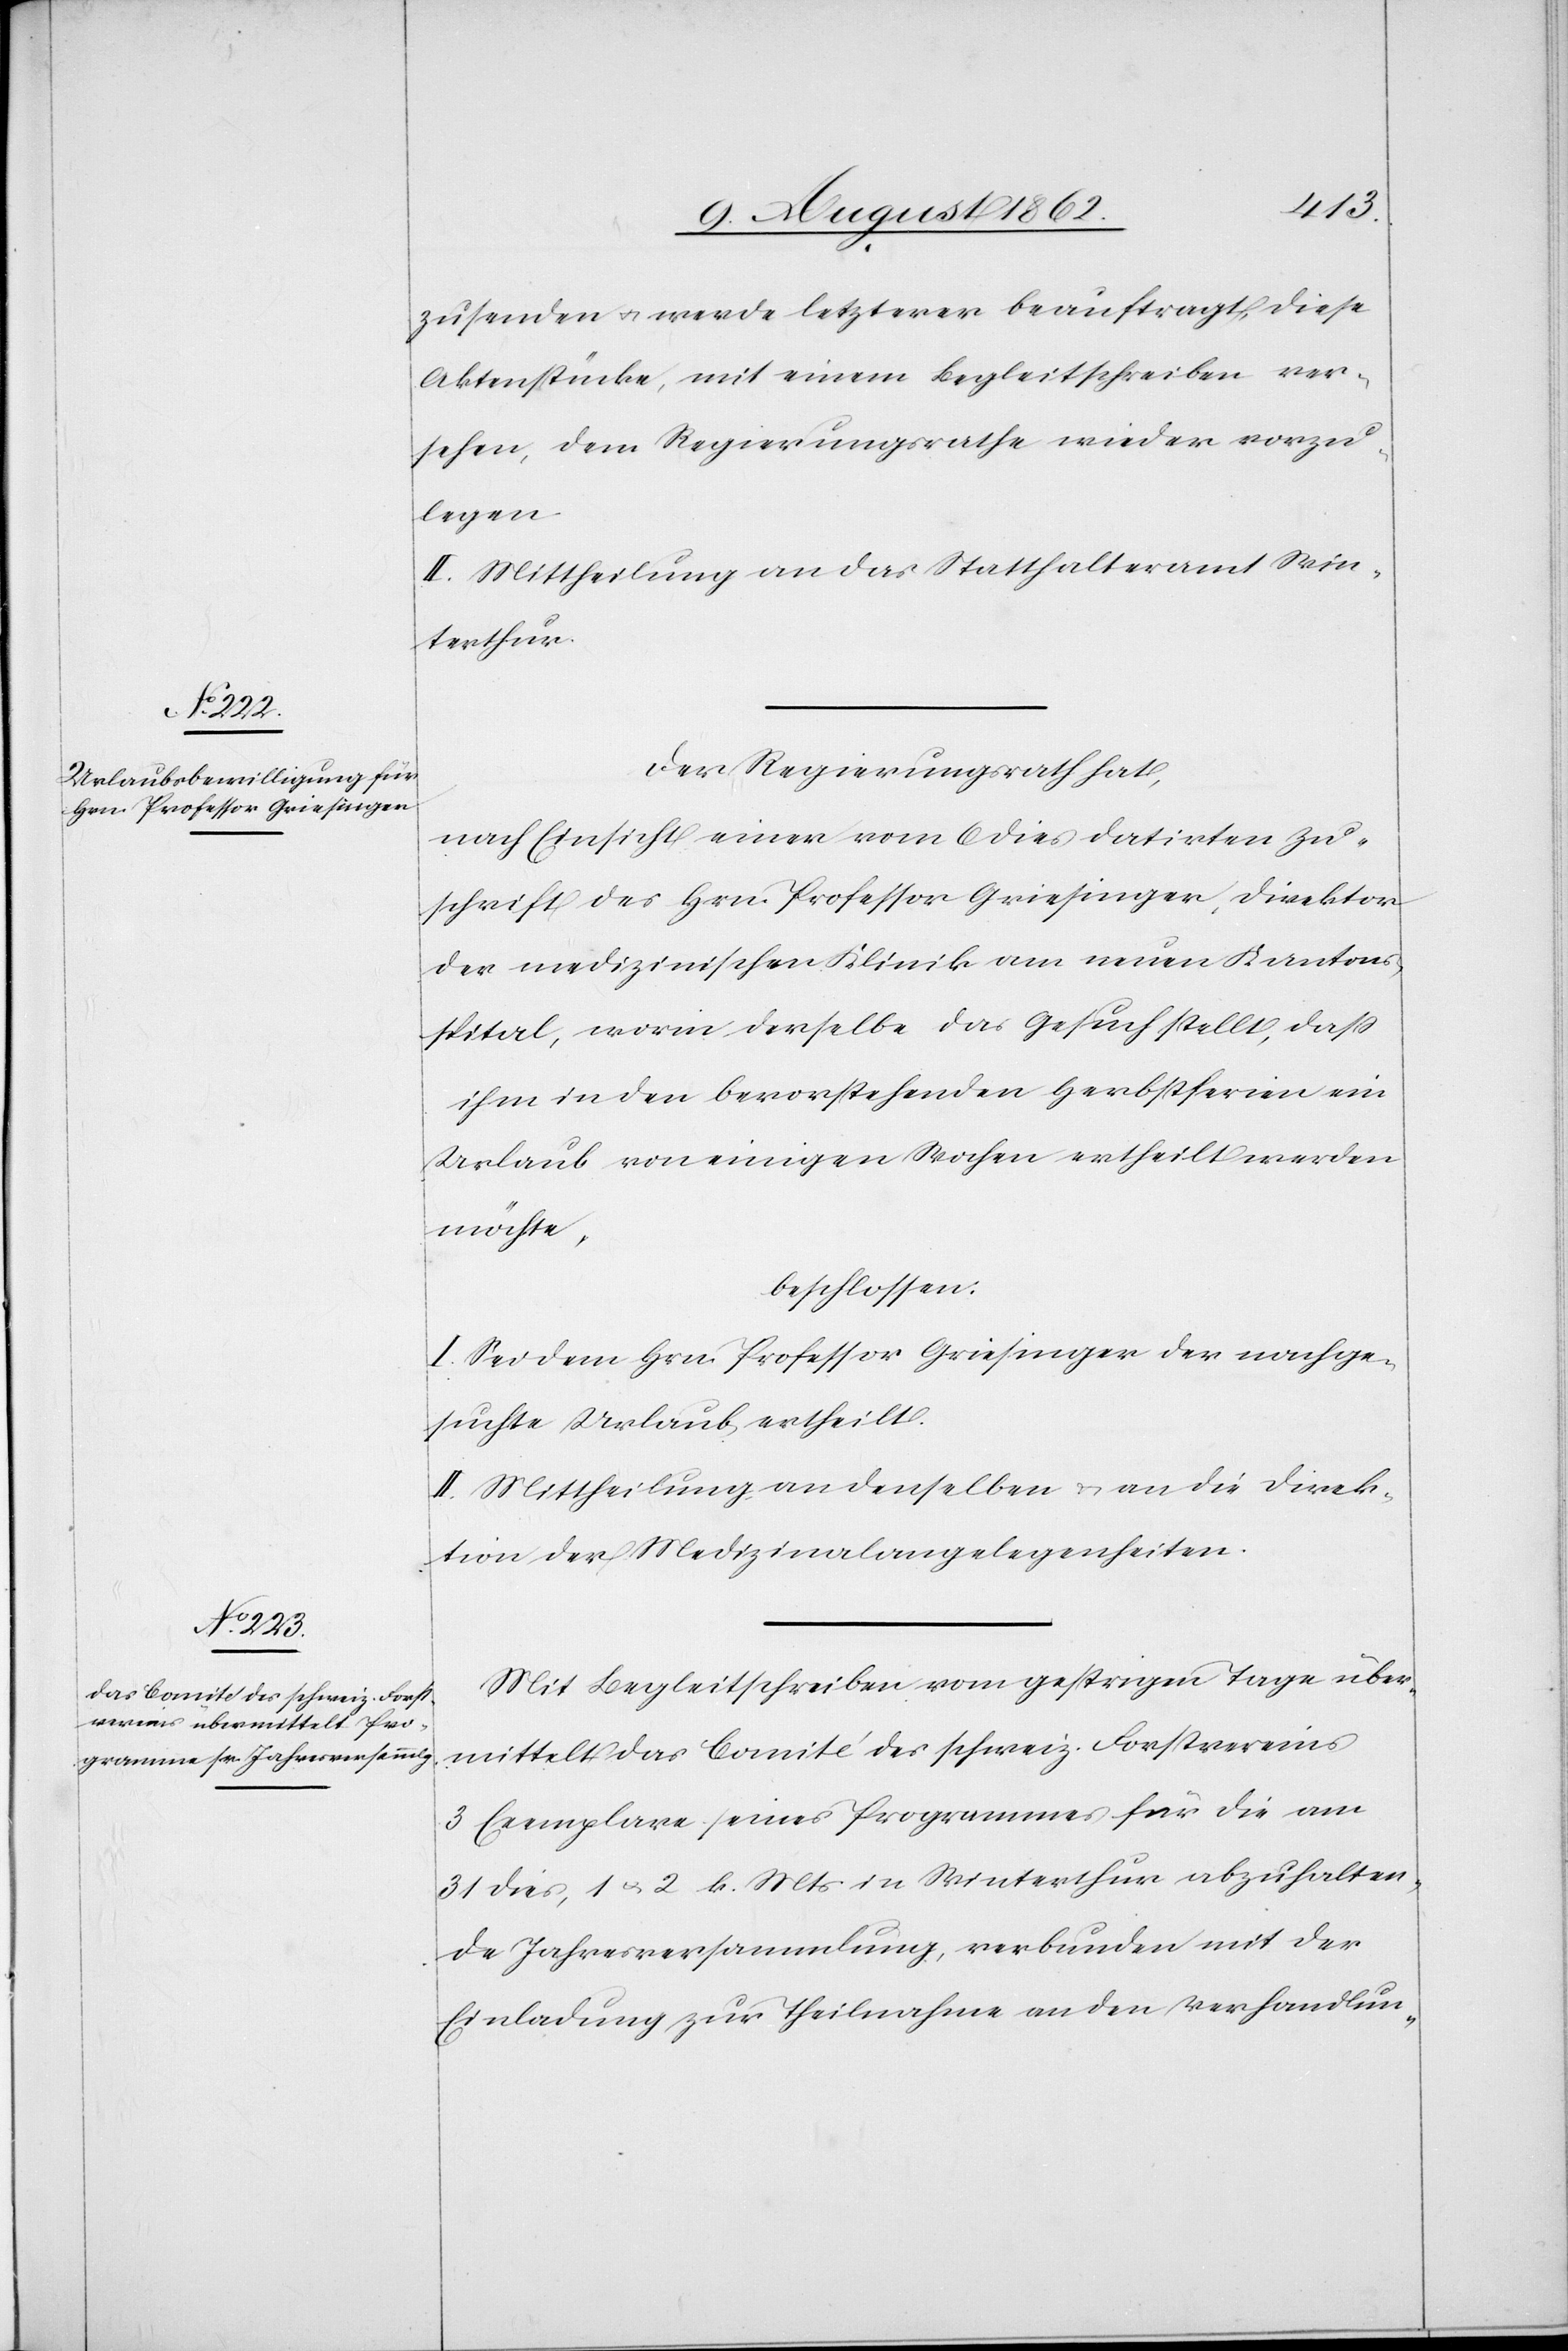
zusenden u. werde letzterer beauftragt, diese
Aktenstücke, mit einem Begleitschreiben ver¬
sehen, dem Regierungsrathe wieder vorzu¬
legen.
II. Mittheilung an das Statthalteramt Win¬
terthur.
Der Regierungsrath hat,
nach Einsicht einer vom 6. dies datirten Zu¬
schrift des Hrn. Professor Griesinger, Direktor
der medizinischen Klinik am neuen Kantons¬
spital, worin derselbe das Gesuch stellt, daß
ihm in den bevorstehenden Herbstferien ein
Urlaub von einigen Wochen ertheilt werden
möchte,
beschlossen:
I. Sei dem Hrn. Professor Griesinger der nachge¬
suchte Urlaub ertheilt.
II. Mittheilung an denselben u. an die Direk¬
tion der Medizinalangelegenheiten.
Mit Begleitschreiben vom gestrigen Tage über¬
mittelt das Comité des schweiz. Forstvereins
3 Exemplare seines Programmes für die am
31. dies, 1 u. 2. k. Mts. in Winterthur abzuhalten¬
de Jahresversammlung, verbunden mit der
Einladung zur Teilnahme an den Verhandlun-